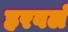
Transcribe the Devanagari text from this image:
हरवलं